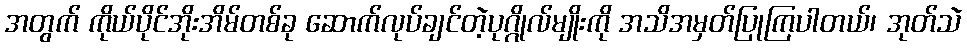
အတွက် ကိုယ်ပိုင်အိုးအိမ်တစ်ခု ဆောက်လုပ်ချင်တဲ့ပုဂ္ဂိုလ်မျိုးကို အသိအမှတ်ပြုကြပါတယ်၊ အုတ်သဲ